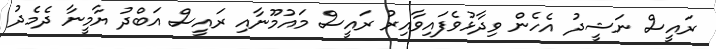
ރައީސް ނަޝީދު އެހެން ވިދާޅުވެފައިވާއިރު ރައީސް މައުމޫނާއި ރައީސް އަބްދު ޔާމީނާ ދެމެދު